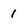
Character: 1